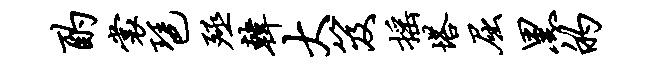
酌裳琶殛韩大笈摇塔屈黑的